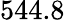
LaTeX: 544.8